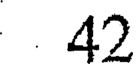
42